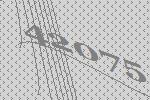
42075